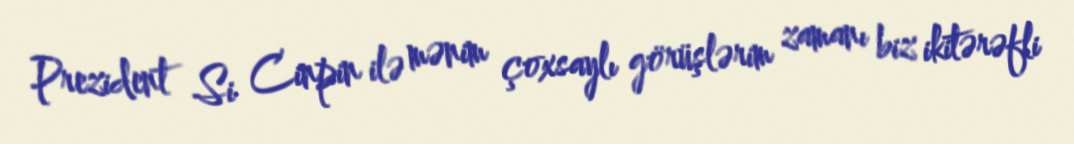
Prezident Si Cinpin ilə mənim çoxsaylı görüşlərim zamanı biz ikitərəfli